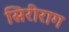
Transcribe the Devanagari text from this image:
सिरीराग